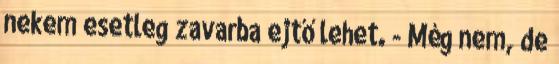
nekem esetleg zavarba ejtő lehet. - Még nem, de